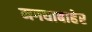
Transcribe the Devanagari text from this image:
मगधाबाहेर